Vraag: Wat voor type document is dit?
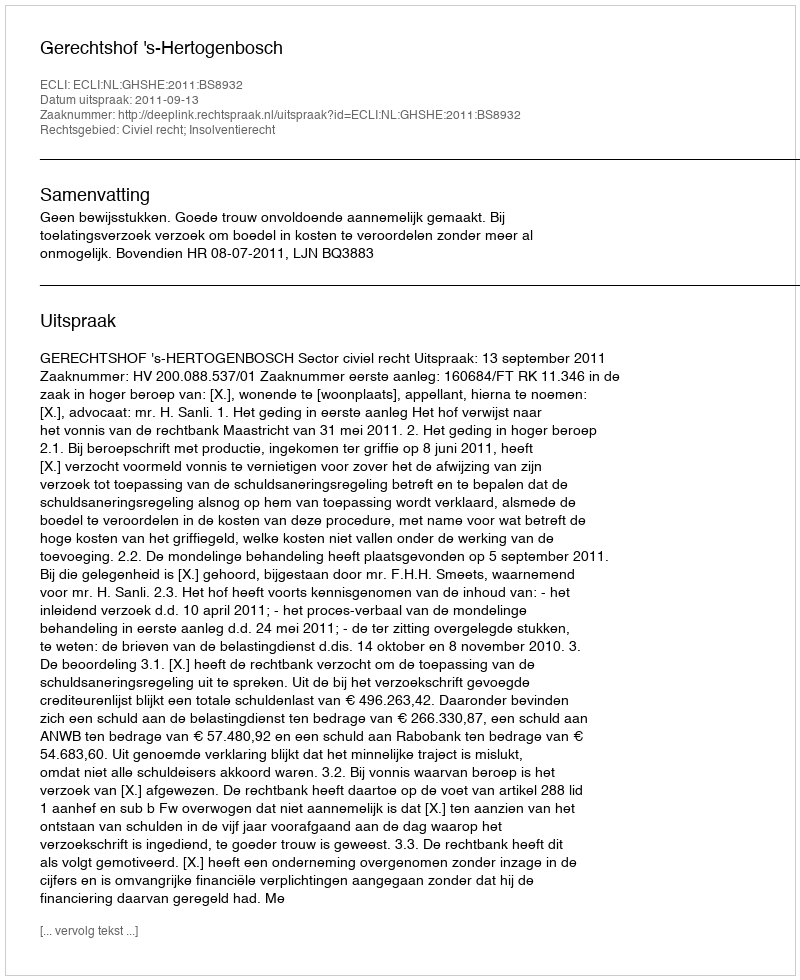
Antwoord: Uitspraak